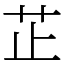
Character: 芷